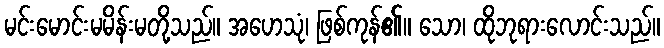
မင်းမောင်းမမိန်းမတို့သည်။ အဟေသုံ၊ ဖြစ်ကုန်၏။ သော၊ ထိုဘုရားလောင်းသည်။